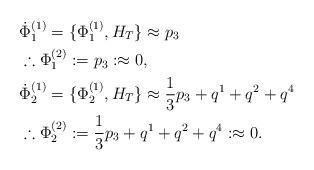
LaTeX: \begin{align*}&\dot{\Phi}^{(1)}_{1}=\{\Phi^{(1)}_{1},H_{T}\}\approx p_{3}\\&\therefore \Phi^{(2)}_{1}:=p_{3}:\approx0,\\&\dot{\Phi}^{(1)}_{2}=\{\Phi^{(1)}_{2},H_{T}\}\approx \frac{1}{3}p_{3}+q^{1}+q^{2}+q^{4}\\&\therefore \Phi^{(2)}_{2}:=\frac{1}{3}p_{3}+q^{1}+q^{2}+q^{4}:\approx0.\end{align*}